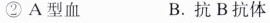
② A型血 B. 抗B抗体